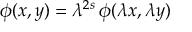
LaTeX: \phi ( x , y ) = \lambda ^ { 2 s } \, \phi ( \lambda x , \lambda y )